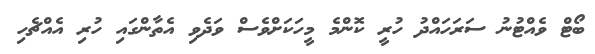
ބޯޓް ވެއްޓުނު ސަރަހައްދު ހުރީ ކޮންމެ މީހަކަށްވެސް ވަދެވި އެތާންގައި ހުރި އެއްޗެހި